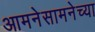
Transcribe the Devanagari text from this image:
आमनेसामनेच्या